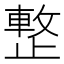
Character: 𣦔